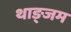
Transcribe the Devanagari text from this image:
थाङ्जम